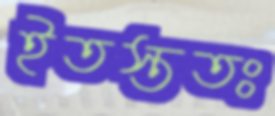
ইতস্ততঃ